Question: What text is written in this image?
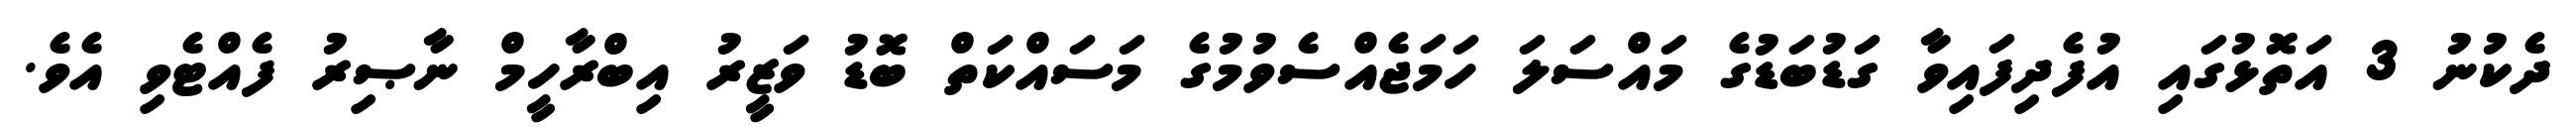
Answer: ދެކުނު 3 އަތޮޅުގައި އުފެދިފައިވާ ގަޑުބަޑުގެ މައްސަލަ ހަމަޖެއްސެވުމުގެ މަސައްކަތް ބޮޑު ވަޒީރު އިބްރާހީމް ނާޞިރު ފެއްޓެވި އެވެ.